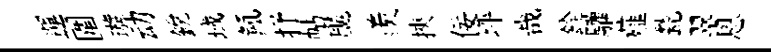
運圍璇动銳域氳抒帖飇羨挾佞坪哉銓驩薤甃翠㤙